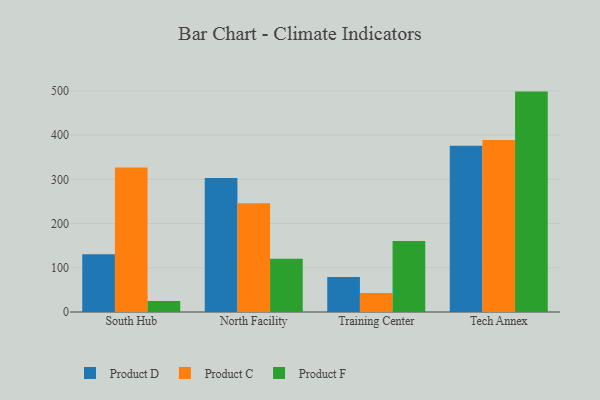
{"axis": {"x": "Campus", "y": "Shipments"}, "legend": ["Product C", "Product D", "Product F"], "data": [{"x": "South Hub", "y": 130.4, "type": "Product D"}, {"x": "South Hub", "y": 326.8, "type": "Product C"}, {"x": "South Hub", "y": 24.8, "type": "Product F"}, {"x": "North Facility", "y": 302.7, "type": "Product D"}, {"x": "North Facility", "y": 246.1, "type": "Product C"}, {"x": "North Facility", "y": 120.5, "type": "Product F"}, {"x": "Training Center", "y": 79.1, "type": "Product D"}, {"x": "Training Center", "y": 43.0, "type": "Product C"}, {"x": "Training Center", "y": 160.5, "type": "Product F"}, {"x": "Tech Annex", "y": 375.6, "type": "Product D"}, {"x": "Tech Annex", "y": 389.0, "type": "Product C"}, {"x": "Tech Annex", "y": 498.3, "type": "Product F"}]}